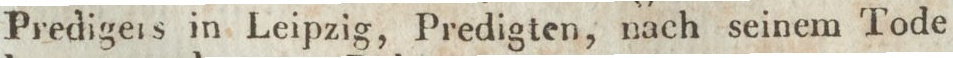
Predigers in Leipzig, Predigten, nach seinem Tode